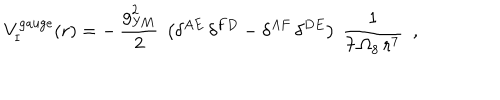
LaTeX: { V } _ { \mathrm { I } } ^ { \mathrm { g a u g e } } ( r ) = - \, \frac { g _ { \mathrm { Y M } } ^ { 2 } } { 2 } ~ \left( \delta ^ { A E } \, \delta ^ { F D } - \delta ^ { A F } \, \delta ^ { D E } \right) ~ \frac { 1 } { 7 \, \Omega _ { 8 } \, r ^ { 7 } } ~ ~ ,